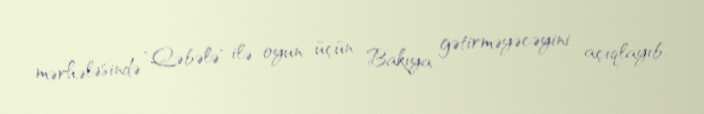
mərhələsində "Qəbələ" ilə oyun üçün Bakıya gətirməyəcəyini açıqlayıb.